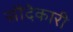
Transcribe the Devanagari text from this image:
सौदेकारी